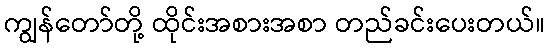
ကျွန်တော်တို့ ထိုင်းအစားအစာ တည်ခင်းပေးတယ်။